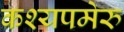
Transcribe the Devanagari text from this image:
कश्यपमेरु